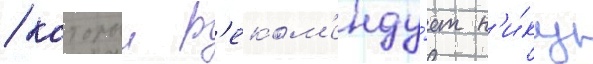
/ которыи р'еком'енду́ет н'и́ку